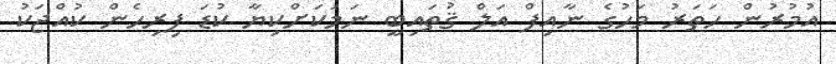
އުމުރުން ހަތަރު މަހުގެ ނާއިފް އަލް ޤުތައިބީ ނަމަކަށްކިޔާ ކުޑަ ފިރިހެން ކުއްޖަކު